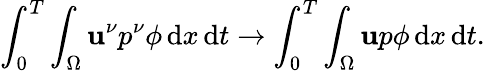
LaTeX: \int_{0}^{T}\int_{\Omega}\mathbf{u}^{\nu}p^{\nu}\phi\, \mathrm{{d}}x\, \mathrm{{d}}t\to\int_{0}^{T}\int_{\Omega}\mathbf{u}p\phi\, \mathrm{{d}}x\, \mathrm{{d}}t.